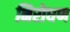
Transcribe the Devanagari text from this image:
निरोधण